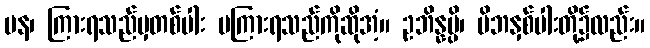
ပန၊ ကြားရသည်မှတစ်ပါး မကြားရသည်ကိုဆိုအံ့။ ဥဘိန္နမ္ပိ၊ မိဘနှစ်ပါးတို့၌လည်း။